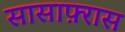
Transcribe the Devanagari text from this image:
सासाफ़्रास